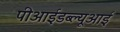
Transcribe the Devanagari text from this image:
पीआईडब्ल्यूआई